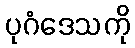
ပုဂံဒေသကို